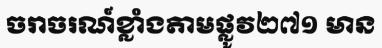
ចរាចរណ៍ខ្លាំងតាមផ្លូវ២៧១ មាន